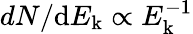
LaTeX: dN/{\mathrm{d}E_{\mathrm{k}}}\propto E_{\mathrm{k}}^{-1}